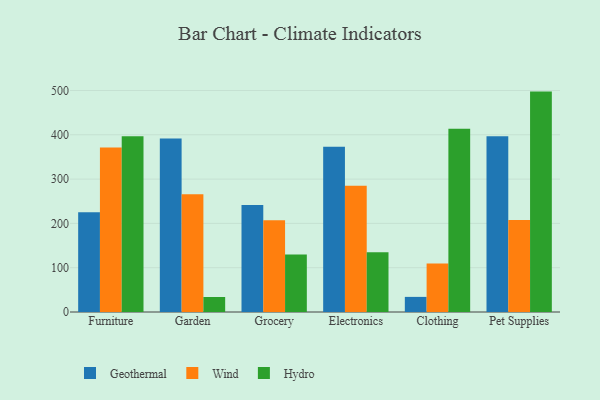
{"axis": {"x": "Category", "y": "Backlog"}, "legend": ["Geothermal", "Hydro", "Wind"], "data": [{"x": "Furniture", "y": 225.2, "type": "Geothermal"}, {"x": "Furniture", "y": 371.1, "type": "Wind"}, {"x": "Furniture", "y": 396.7, "type": "Hydro"}, {"x": "Garden", "y": 391.8, "type": "Geothermal"}, {"x": "Garden", "y": 265.6, "type": "Wind"}, {"x": "Garden", "y": 33.9, "type": "Hydro"}, {"x": "Grocery", "y": 241.4, "type": "Geothermal"}, {"x": "Grocery", "y": 207.2, "type": "Wind"}, {"x": "Grocery", "y": 129.6, "type": "Hydro"}, {"x": "Electronics", "y": 373.0, "type": "Geothermal"}, {"x": "Electronics", "y": 284.9, "type": "Wind"}, {"x": "Electronics", "y": 135.1, "type": "Hydro"}, {"x": "Clothing", "y": 34.1, "type": "Geothermal"}, {"x": "Clothing", "y": 109.7, "type": "Wind"}, {"x": "Clothing", "y": 413.7, "type": "Hydro"}, {"x": "Pet Supplies", "y": 396.8, "type": "Geothermal"}, {"x": "Pet Supplies", "y": 207.6, "type": "Wind"}, {"x": "Pet Supplies", "y": 497.5, "type": "Hydro"}]}